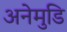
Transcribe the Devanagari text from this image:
अनेमुडि